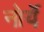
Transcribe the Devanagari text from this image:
नोर्ये